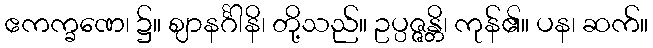
ဧကက္ခဏေ၊ ၌။ ဈာနင်္ဂါနိ၊ တို့သည်။ ဥပ္ပဇ္ဇန္တိ၊ ကုန်၏။ ပန၊ ဆက်။